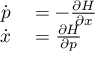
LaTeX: \begin{array} { r l } { { \dot { p } } } & { { } = - { \frac { \partial H } { \partial x } } } \\ { { \dot { x } } } & { { } = { \frac { \partial H } { \partial p } } } \end{array}